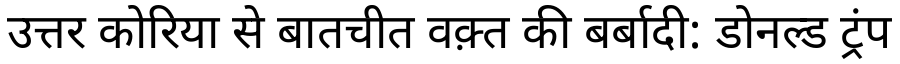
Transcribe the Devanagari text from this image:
उत्तर कोरिया से बातचीत वक़्त की बर्बादी: डोनल्ड ट्रंप